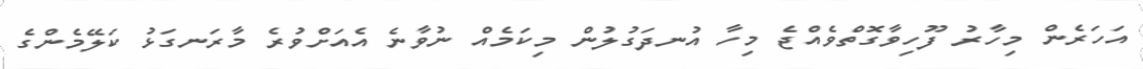
އަހަރެން މިހާރު ފޫހިވާގޮތްވެއްޖެ މިހާ އުނދަގުލުން މިކަމެއް ނުވާނެ އެއަށްވުރެ މާރަނގަޅު ކަލޭމެންގެ